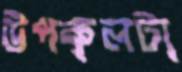
উপকূলটা